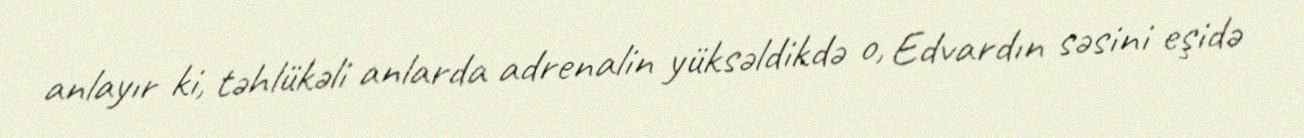
anlayır ki, təhlükəli anlarda adrenalin yüksəldikdə o, Edvardın səsini eşidə